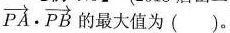
$$\overrightarrow { P A } \cdot \overrightarrow { P B }$$ 的最大值为( )。